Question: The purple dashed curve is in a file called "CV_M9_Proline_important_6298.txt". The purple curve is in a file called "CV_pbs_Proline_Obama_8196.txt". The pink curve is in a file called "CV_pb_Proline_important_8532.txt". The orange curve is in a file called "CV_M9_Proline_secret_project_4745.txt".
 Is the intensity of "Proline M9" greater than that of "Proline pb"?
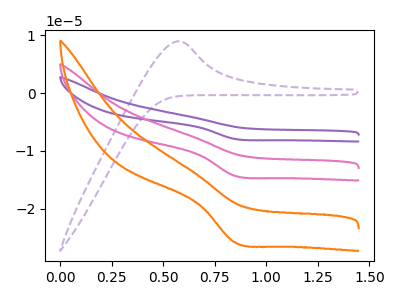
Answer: <think>The purple dashed curve "Proline M9" has an anodic peak at: (0.55V, 9.00uA). The purple curve "Proline pbs" has a cathodic peak at: (0.85V, -28.65uA). The pink curve "Proline pb" has a cathodic peak at: (0.85V, -14.30uA). The orange curve "Proline M9" has a cathodic peak at: (0.85V, -25.85uA).
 All the peaks in "Proline M9" have a peak in "Proline pb" at the same potential. Every peak in "Proline M9" is higher than every peak in "Proline pb".</think>
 <answer>"Proline M9" has more signal than "Proline pb".</answer>
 <eval>more_signal</eval>